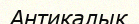
Антикалык